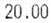
20.00